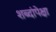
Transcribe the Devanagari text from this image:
शब्दांपेक्षा